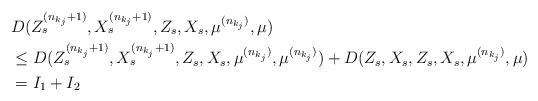
\begin{align*} &D(Z_s^{(n_{k_j} + 1)}, X_s^{(n_{k_j} + 1)}, Z_s, X_s, \mu^{(n_{k_j})}, \mu)\\ & \le D(Z_s^{(n_{k_j} + 1)}, X_s^{(n_{k_j} + 1)}, Z_s, X_s, \mu^{(n_{k_j})}, \mu^{(n_{k_j})}) + D(Z_s, X_s, Z_s, X_s, \mu^{(n_{k_j})}, \mu)\\ &= I_1 + I_2 \end{align*}